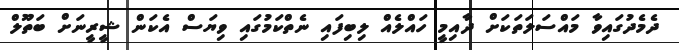
ދެމެދުގައިވާ މައްސަލަތަކަށް ދާއިމީ ހައްލެއް ލިބިފައި ނެތްކަމުގައި ވިޔަސް އެކަން ޝީރީނަށް ބަތޫލް